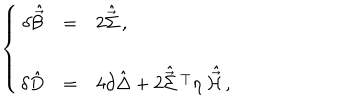
\left\{ \begin{array} { r c l } { { \delta \hat { \vec { \cal B } } } } & { { = } } & { { 2 \hat { \vec { \Sigma } } \, , } } \\ { { } } & { { } } & { { } } \\ { { \delta \hat { D } } } & { { = } } & { { 4 \partial \hat { \Delta } + 2 \hat { \vec { \Sigma } } { } ^ { \ T } \eta \ \hat { \vec { \cal H } } \, , } } \\ \end{array} \right.